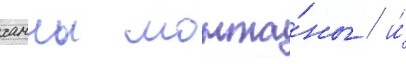
ханны монта́ны / и́